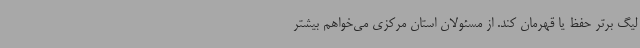
لیگ برتر حفظ یا قهرمان کند. از مسئولان استان مرکزی می‌خواهم بیشتر